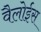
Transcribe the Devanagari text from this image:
वैलोईस